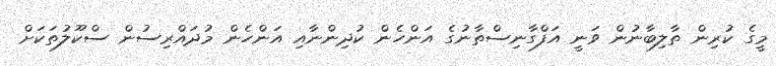
މީގެ ކުރިން ތާލިބާނުން ވަނީ އަފްގާނިސްތާނުގެ އަންހެން ކުދިންނާއި އަންހެން މުދައްރިސުން ސްކޫލުތަކަށް